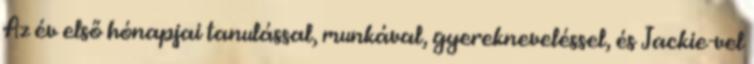
Az év első hónapjai tanulással, munkával, gyerekneveléssel, és Jackie-vel